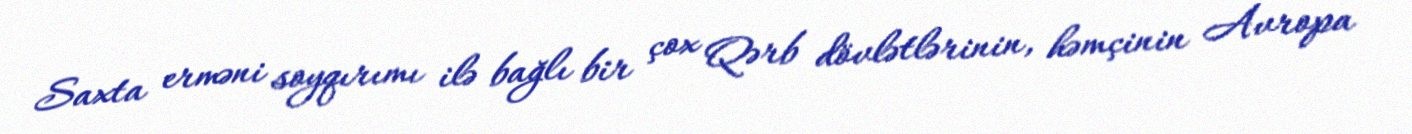
Saxta erməni soyqırımı ilə bağlı bir çox Qərb dövlətlərinin, həmçinin Avropa